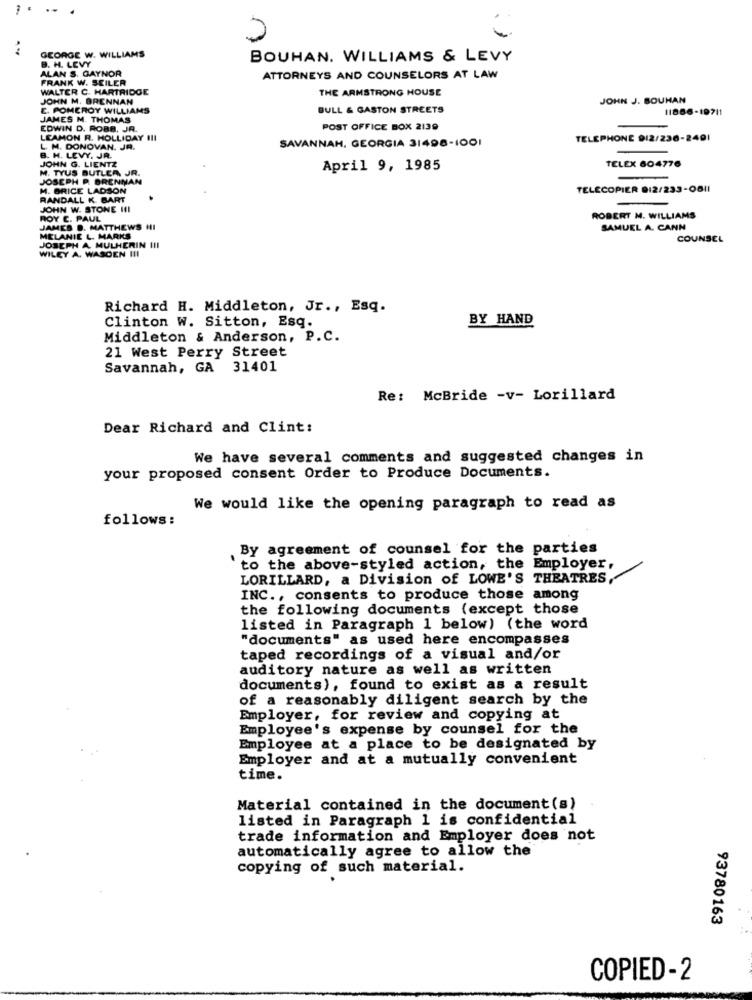
GEORGE W. WILLIAMS
B. H. LEVY
BOUHAN. WILLIAMS & LEVY
ALAN S. GAYNOR
FRANK W. SEILER
ATTORNEYS AND COUNSELORS AT LAW
WALTER C. HARTRIDGE
THE ARMSTRONG HOUSE
JOHN M. BRENNAN
JOHN J. BOUHAN
E. POMEROY WILLIAMS
BULL & GASTON STREETS
11886-19711
JAMES M. THOMAS
EDWIN D. ROBB. JR.
POST OFFICE BOX 2139
LEAMON R. HOLLIDAY III
SAVANNAH, GEORGIA 31498-1001
TELEPHONE 912/230-2401
L. M. DONOVAN. JA.
JOHN G. LIENTZ
B. H. LEVY. JR.
TELEX 604776
M. TYUS BUTLER, JR.
April 9, 1985
JOSEPH P. BRENNAN
-
M. BRICE LADSON
TELECOPIER 012/233-0811
RANDALL K. BART
JOHN W. STONE III
ROY C. PAUL
ROBERT M. WILLIAMS
JAMES D. MATTHEWS HI
SAMUEL A. CANN
MELANIE L. MARKS
COUNSEL
WILEY A. WASOEN III
JOSEPH A MULHERIN III
Richard H. Middleton, Jr ., Esq.
Clinton W. Sitton, Esq.
BY HAND
Middleton & Anderson, P.C.
21 West Perry Street
Savannah, GA 31401
Re: McBride -v- Lorillard
Dear Richard and Clint:
We have several comments and suggested changes in
your proposed consent Order to Produce Documents.
We would like the opening paragraph to read as
follows:
By agreement of counsel for the parties
to the above-styled action, the Employer,
LORILLARD, a Division of LOWE'S THEATRES,
INC ., consents to produce those among
the following documents (except those
listed in Paragraph 1 below) (the word
"documents" as used here encompasses
taped recordings of a visual and/or
auditory nature as well as written
documents), found to exist as a result
of a reasonably diligent search by the
Employer, for review and copying at
Employee's expense by counsel for the
Employee at a place to be designated by
Employer and at a mutually convenient
time.
Material contained in the document (s)
listed in Paragraph 1 is confidential
trade information and Employer does not
automatically agree to allow the
copying of such material.
93780163
COPIED-2